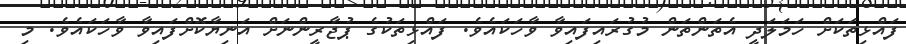
ފައްޅިތަކަށް ހަމަލަދީ އެތަންތަން މުގުރައިފައިވާ ވާހަކައެވެ. ފައްޅިތަކުގެ ޕުޖާރީންނަށް އަނިޔާކޮށްފައިވާ ވާހަކައެވެ. މި